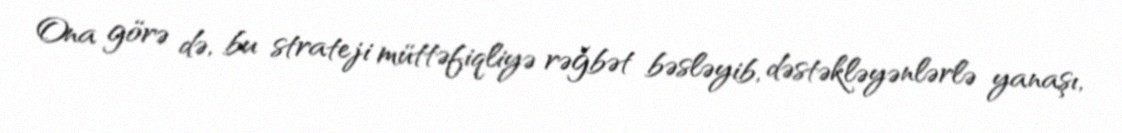
Ona görə də, bu strateji müttəfiqliyə rəğbət bəsləyib, dəstəkləyənlərlə yanaşı,